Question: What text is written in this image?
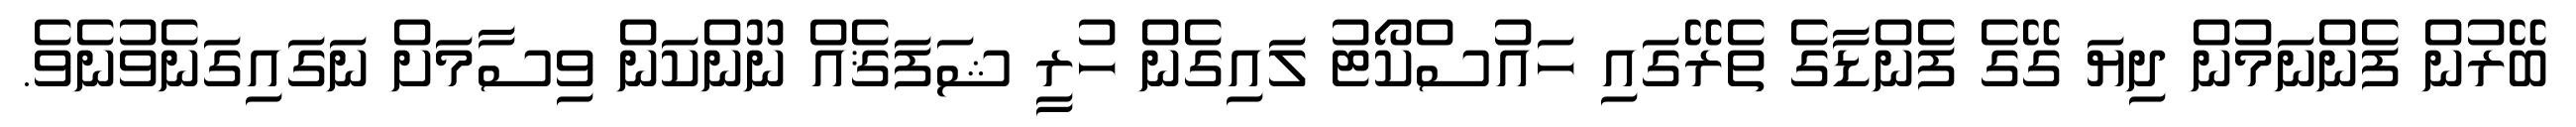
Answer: ބޭރުން ފެންނަމުން ދިޔަ ގޭގެ ފެންޑާގެ ތެރޭގައި ހައުސްކޯޓު ލައިގެން ހުރީ ޝަފަޤެއް ނޫންކަން ވިސާމަށް ނަގައިގަނެވުނެވެ.